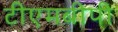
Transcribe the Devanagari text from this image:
टीएमबीपी